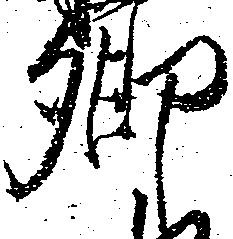
郷